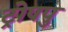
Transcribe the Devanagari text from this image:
ट्रोपपु